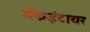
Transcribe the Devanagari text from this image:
मॅकइंटायर